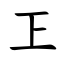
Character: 㠪